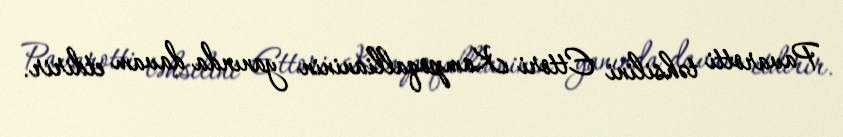
Pavarotti təhsilini Ettori Kampoqallianinin yanında davam etdirir.